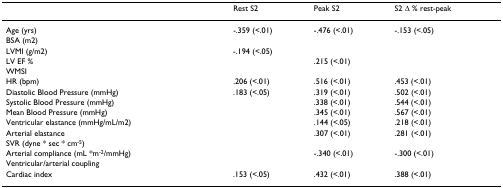
<table><thead><tr><td></td><td><b>Rest S2</b></td><td><b>Peak S2</b></td><td><b>S2 Δ % rest-peak</b></td></tr></thead><tbody><tr><td>Age (yrs)</td><td>-.359 (&lt;.01)</td><td>-.476 (&lt;.01)</td><td>-.153 (&lt;.05)</td></tr><tr><td>BSA (m2)</td><td></td><td></td><td></td></tr><tr><td>LVMI (g/m2)</td><td>-.194 (&lt;.05)</td><td></td><td></td></tr><tr><td>LV EF %</td><td></td><td>.215 (&lt;.01)</td><td></td></tr><tr><td>WMSI</td><td></td><td></td><td></td></tr><tr><td>HR (bpm)</td><td>.206 (&lt;.01)</td><td>.516 (&lt;.01)</td><td>.453 (&lt;.01)</td></tr><tr><td>Diastolic Blood Pressure (mmHg)</td><td>.183 (&lt;.05)</td><td>.319 (&lt;.01)</td><td>.502 (&lt;.01)</td></tr><tr><td>Systolic Blood Pressure (mmHg)</td><td></td><td>.338 (&lt;.01)</td><td>.544 (&lt;.01)</td></tr><tr><td>Mean Blood Pressure (mmHg)</td><td></td><td>.345 (&lt;.01)</td><td>.567 (&lt;.01)</td></tr><tr><td>Ventricular elastance (mmHg/mL/m2)</td><td></td><td>.144 (&lt;.05)</td><td>.218 (&lt;.01)</td></tr><tr><td>Arterial elastance</td><td></td><td>.307 (&lt;.01)</td><td>.281 (&lt;.01)</td></tr><tr><td>SVR (dyne * sec * cm<sup>-5</sup>)</td><td></td><td></td><td></td></tr><tr><td>Arterial compliance (mL *m<sup>-2</sup>/mmHg)</td><td></td><td>-.340 (&lt;.01)</td><td>-.300 (&lt;.01)</td></tr><tr><td>Ventricular/arterial coupling</td><td></td><td></td><td></td></tr><tr><td>Cardiac index</td><td>.153 (&lt;.05)</td><td>.432 (&lt;.01)</td><td>.388 (&lt;.01)</td></tr></tbody></table>